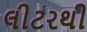
લીટરથી